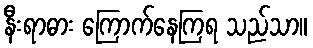
နီးရာဓား ကြောက်နေကြရ သည်သာ။